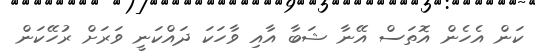
ކަން އެހެން އޮތަސް އޭނާ ޝަބާ އާއި ވާހަކަ ދައްކަނީ ވަރަށް ރުހޭކަން